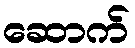
ဆောက်